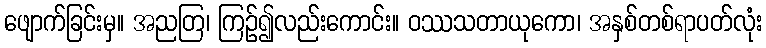
ဖျောက်ခြင်းမှ။ အညတြ၊ ကြဉ်၍လည်းကောင်း။ ဝဿသတာယုကော၊ အနှစ်တစ်ရာပတ်လုံး